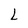
Character: L